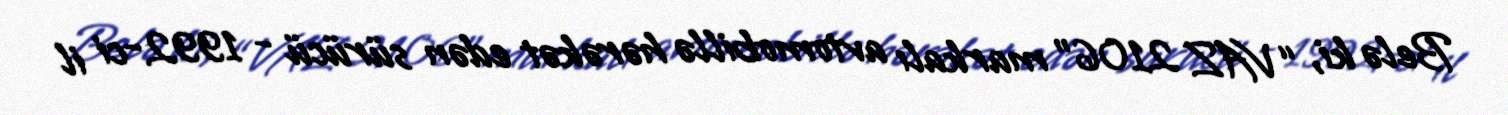
Belə ki, “VAZ 2106” markalı avtomobillə hərəkət edən sürücü - 1992-ci il